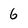
Character: 6